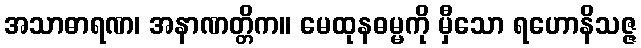
အသာဓာရဏ၊ အနာဏတ္တိက။ မေထုနဓမ္မကို မှီသော ရဟောနိသဇ္ဇ